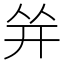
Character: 𰏤